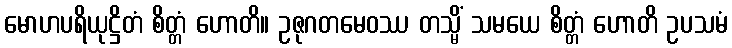
မောဟပရိယုဋ္ဌိတံ စိတ္တံ ဟောတိ။ ဥဇုဂတမေဝဿ တသ္မိံ သမယေ စိတ္တံ ဟောတိ ဥပသမံ